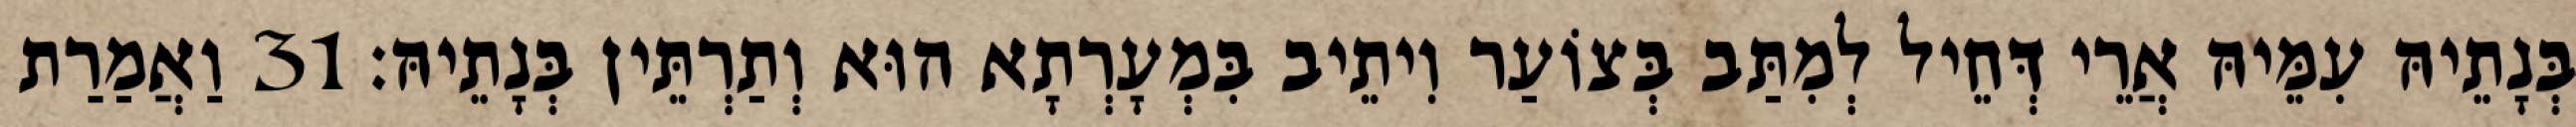
בְּנָתֵיהּ עִמֵּיהּ אֲרֵי דְּחֵיל לְמִתַּב בְּצוֹעַר וִיתֵיב בִּמְעָרְתָא הוּא וְתַרְתֵּין בְּנָתֵיהּ׃ 31 וַאֲמַרַת